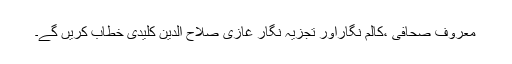
معروف صحافی ،کالم نگاراور تجزیہ نگار غازی صلاح الدین کلیدی خطاب کریں گے۔